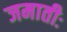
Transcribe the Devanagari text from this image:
जमातीः